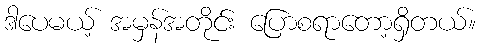
ဒါပေမယ့် အမှန်အတိုင်း ပြောစရာတော့ရှိတယ်။